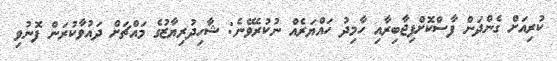
ކުރިއަށް ގެންދަން ފާސްކޮށްފިޖާބިރާއި ހާމިދު ހައްޔަރެއް ނުކުރެވޭނެ: ޝާހިދުރިޔާޒުގެ މައްޗަށް ދައުވާކުރަން ފޮނުވި